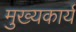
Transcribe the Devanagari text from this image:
मुख्यकार्य